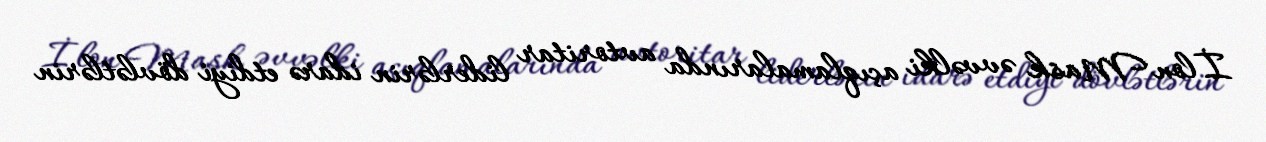
İlon Mask əvvəlki açıqlamalarında avtoritar liderlərin idarə etdiyi dövlətlərin